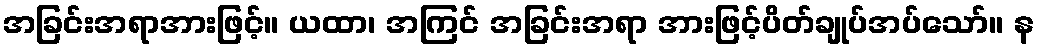
အခြင်းအရာအားဖြင့်။ ယထာ၊ အကြင် အခြင်းအရာ အားဖြင့်ပိတ်ချုပ်အပ်သော်။ န